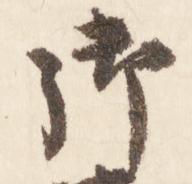
御